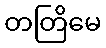
တတြိမေ